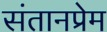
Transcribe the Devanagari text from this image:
संतानप्रेम